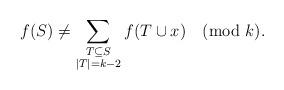
LaTeX: \begin{align*} f(S) \neq \sum_{\substack{T \subseteq S \\ |T| = k-2}} f(T \cup x) \pmod k.\end{align*}